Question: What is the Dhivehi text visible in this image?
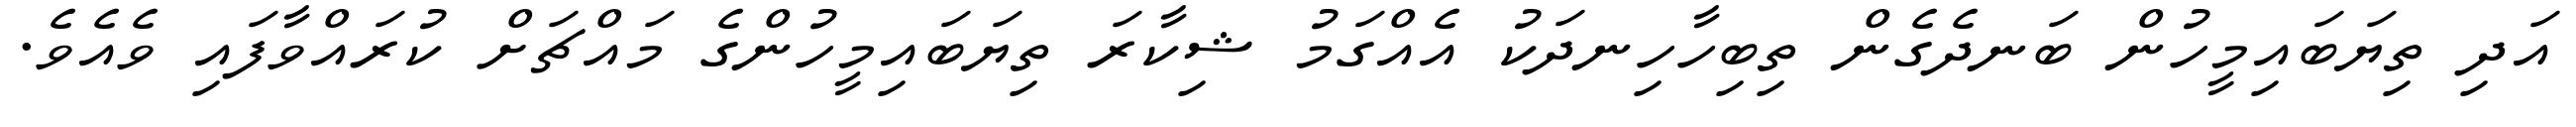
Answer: އަދި ތިޔަބައިމީހުން ބަނދެގެން ތިބިހާހިނދަކު އެއްގަމު ޝިކާރަ ތިޔަބައިމީހުންގެ މައްޗަށް ކުރައްވާފައި ވެއެވެ.